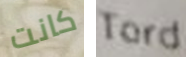
كانت Tord